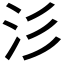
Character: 𣲀